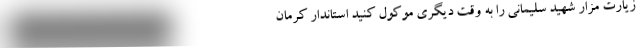
زیارت مزار شهید سلیمانی را به وقت دیگری موکول کنید استاندار کرمان